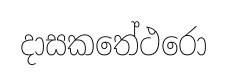
දාසකතේථරො